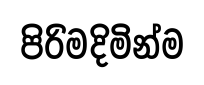
පිරිමදිමින්ම